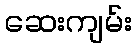
ဆေးကျမ်း